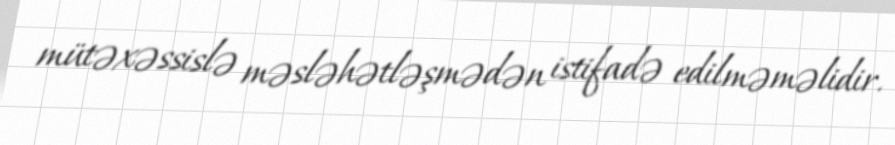
mütəxəssislə məsləhətləşmədən istifadə edilməməlidir.